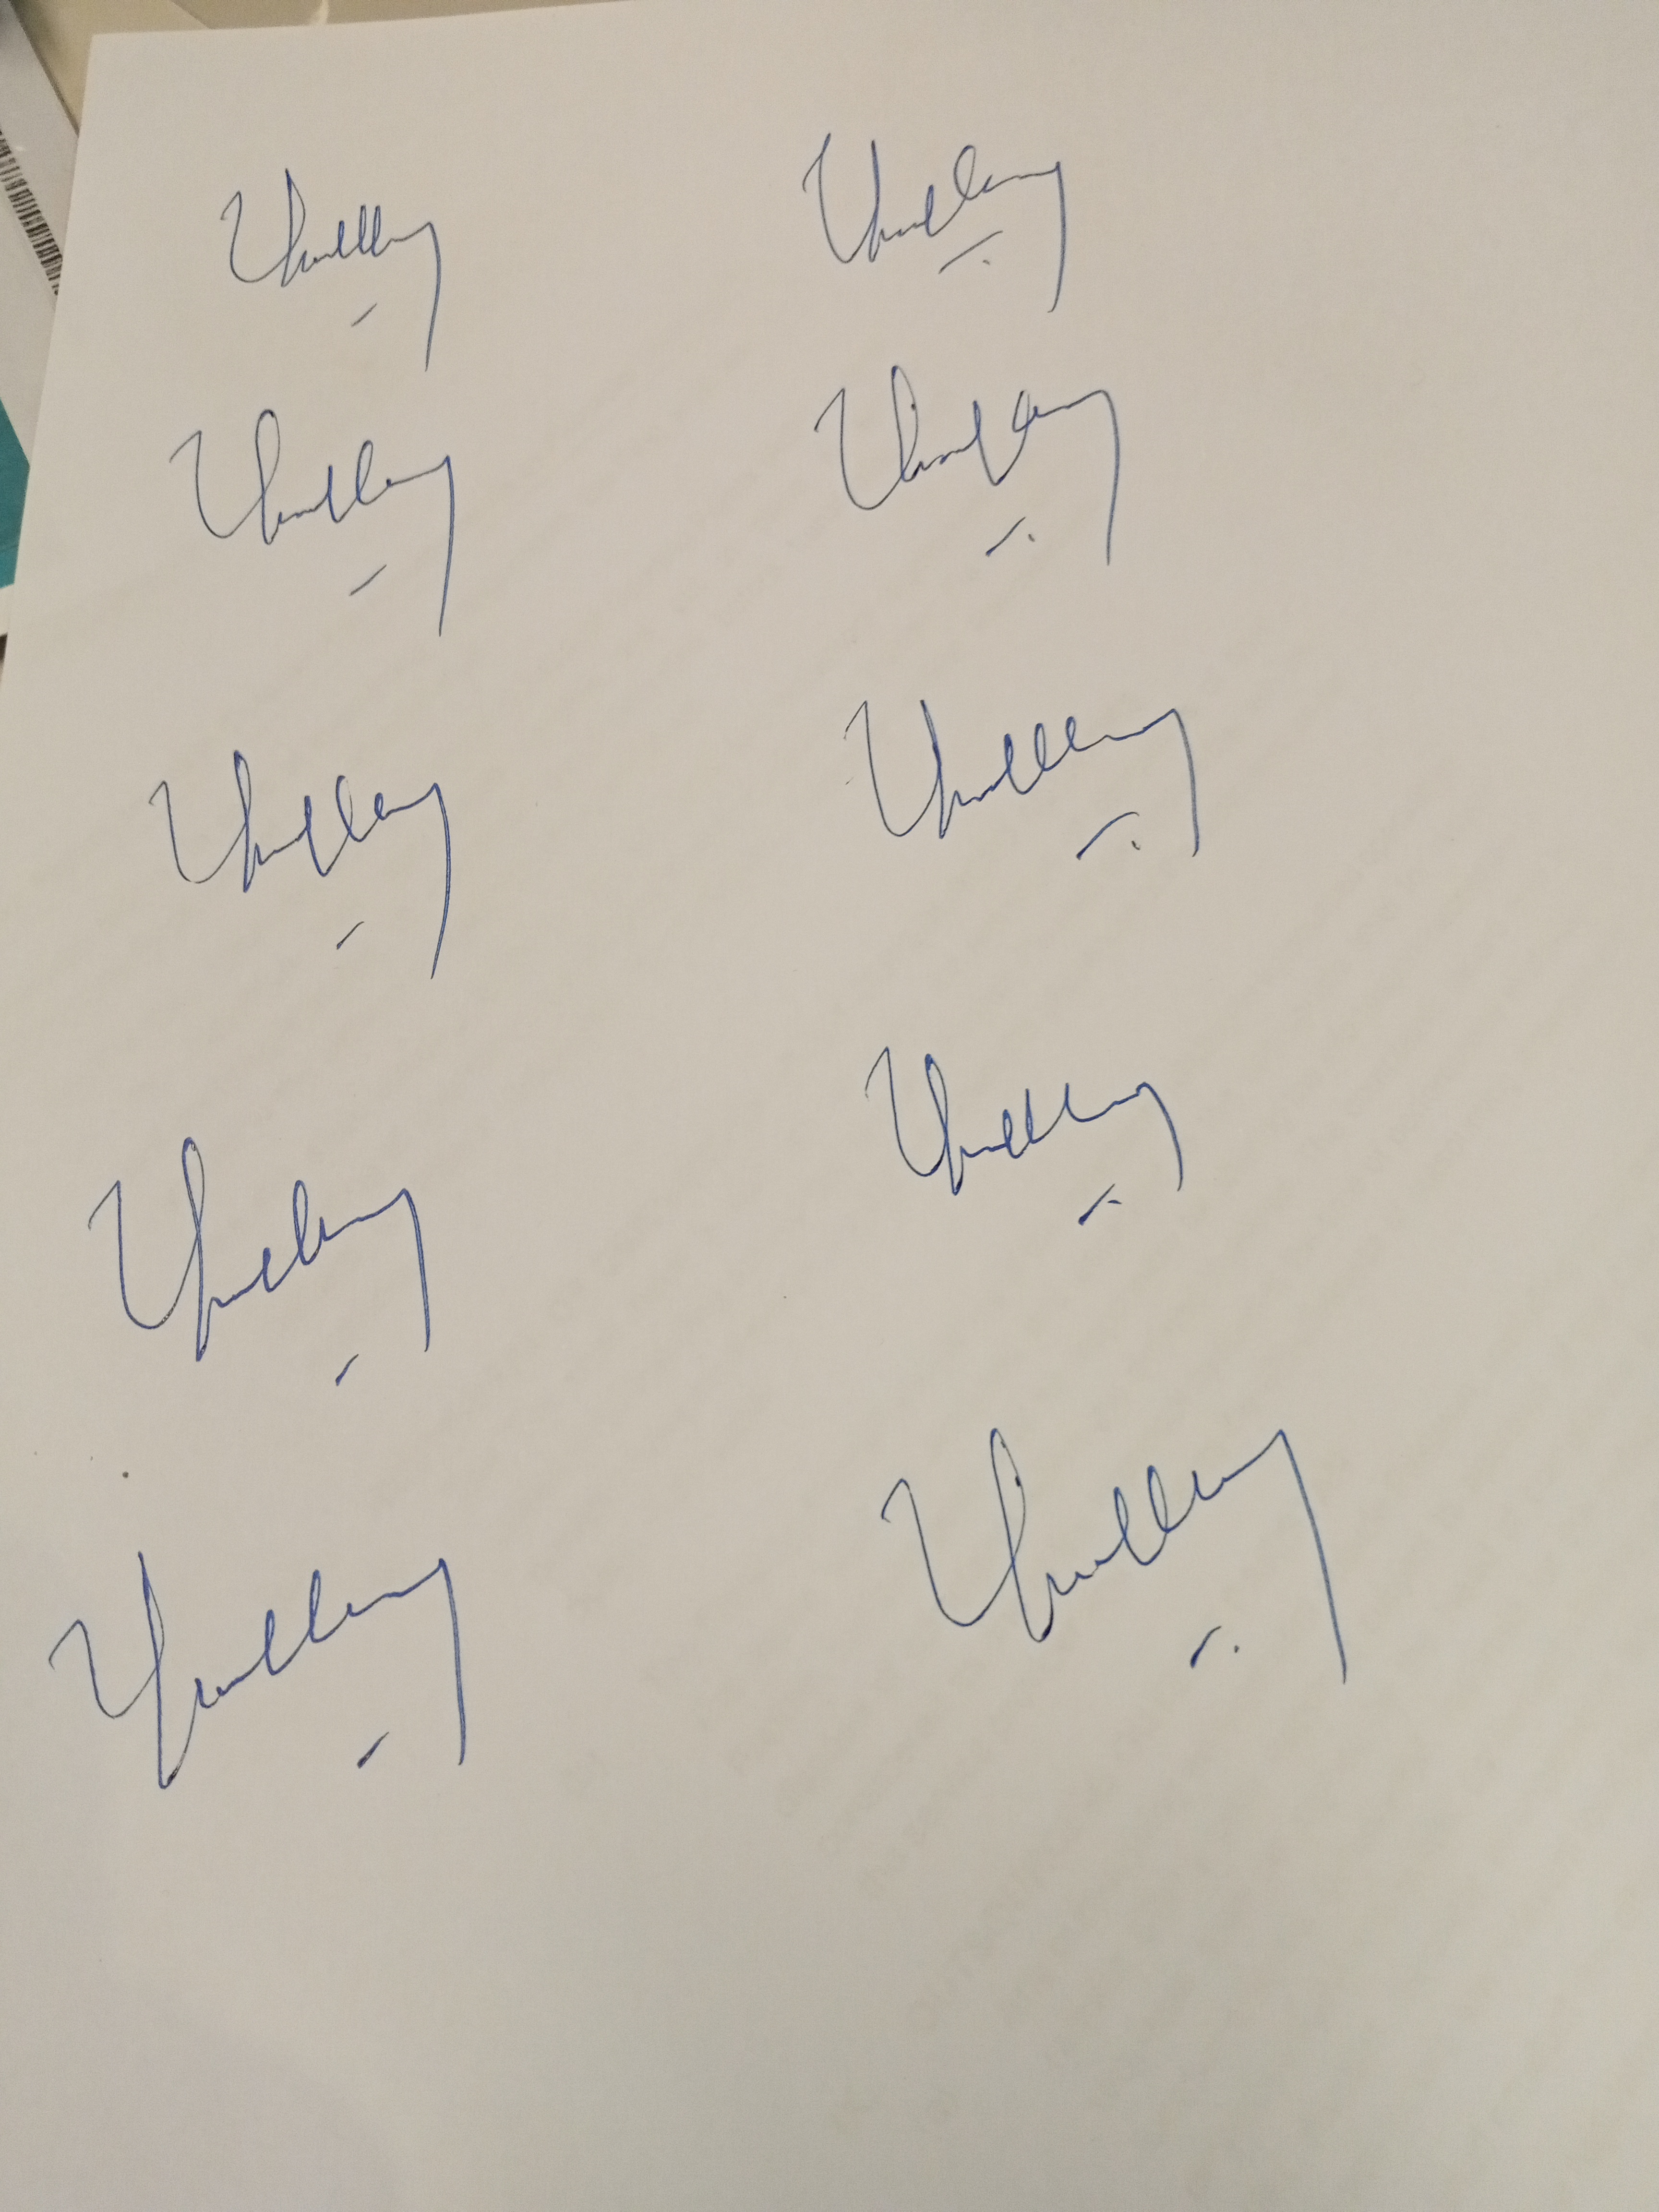
Signature authenticity: genuine